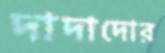
দাদাদোর